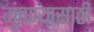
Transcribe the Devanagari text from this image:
गुंतण्यासाठी